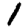
Digit: 1